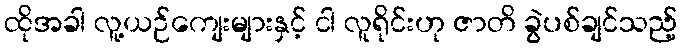
ထိုအခါ လူ့ယဉ်ကျေးများနှင့် ငါ လူရိုင်းဟု ဇာတိ ခွဲပစ်ချင်သည့်